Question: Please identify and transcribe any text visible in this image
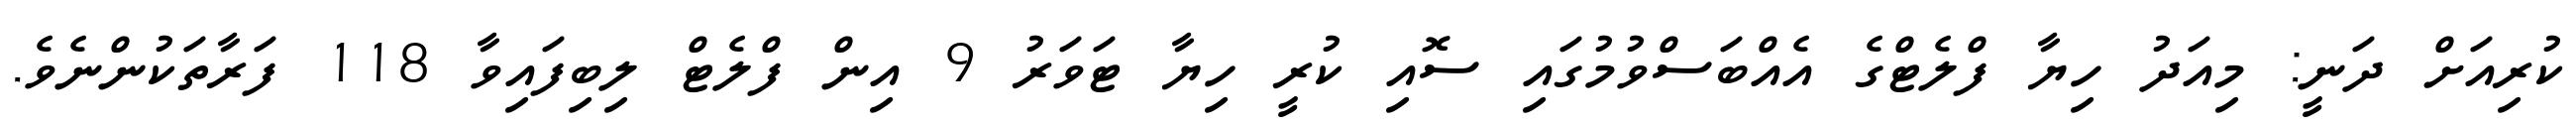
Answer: ކުރިއަށް ދަނީ: މިއަދު ހިޔާ ފްލެޓްގެ އެއްބަސްވުމުގައި ސޮއި ކުރީ ހިޔާ ޓަވަރު 9 އިން ފްލެޓް ލިބިފައިވާ 118 ފަރާތަކުންނެވެ.